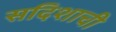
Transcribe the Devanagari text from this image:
सदिशाची